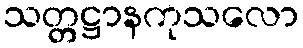
သတ္တဋ္ဌာနကုသလော